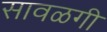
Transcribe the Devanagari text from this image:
सावळगी